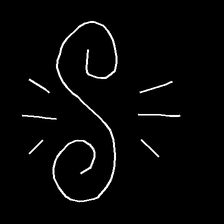
Glyph: wind-directs-air